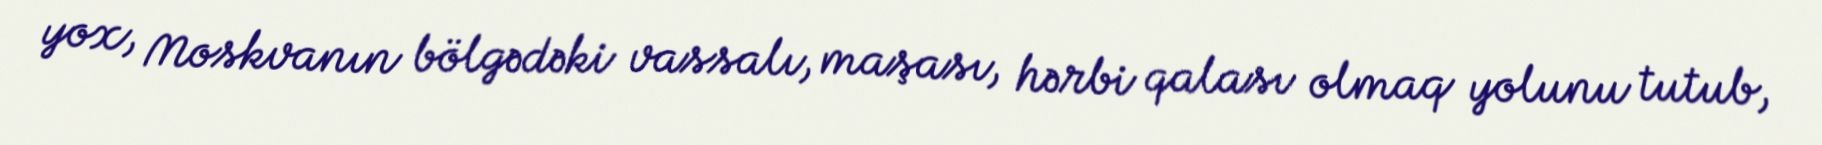
yox, Moskvanın bölgədəki vassalı, maşası, hərbi qalası olmaq yolunu tutub,